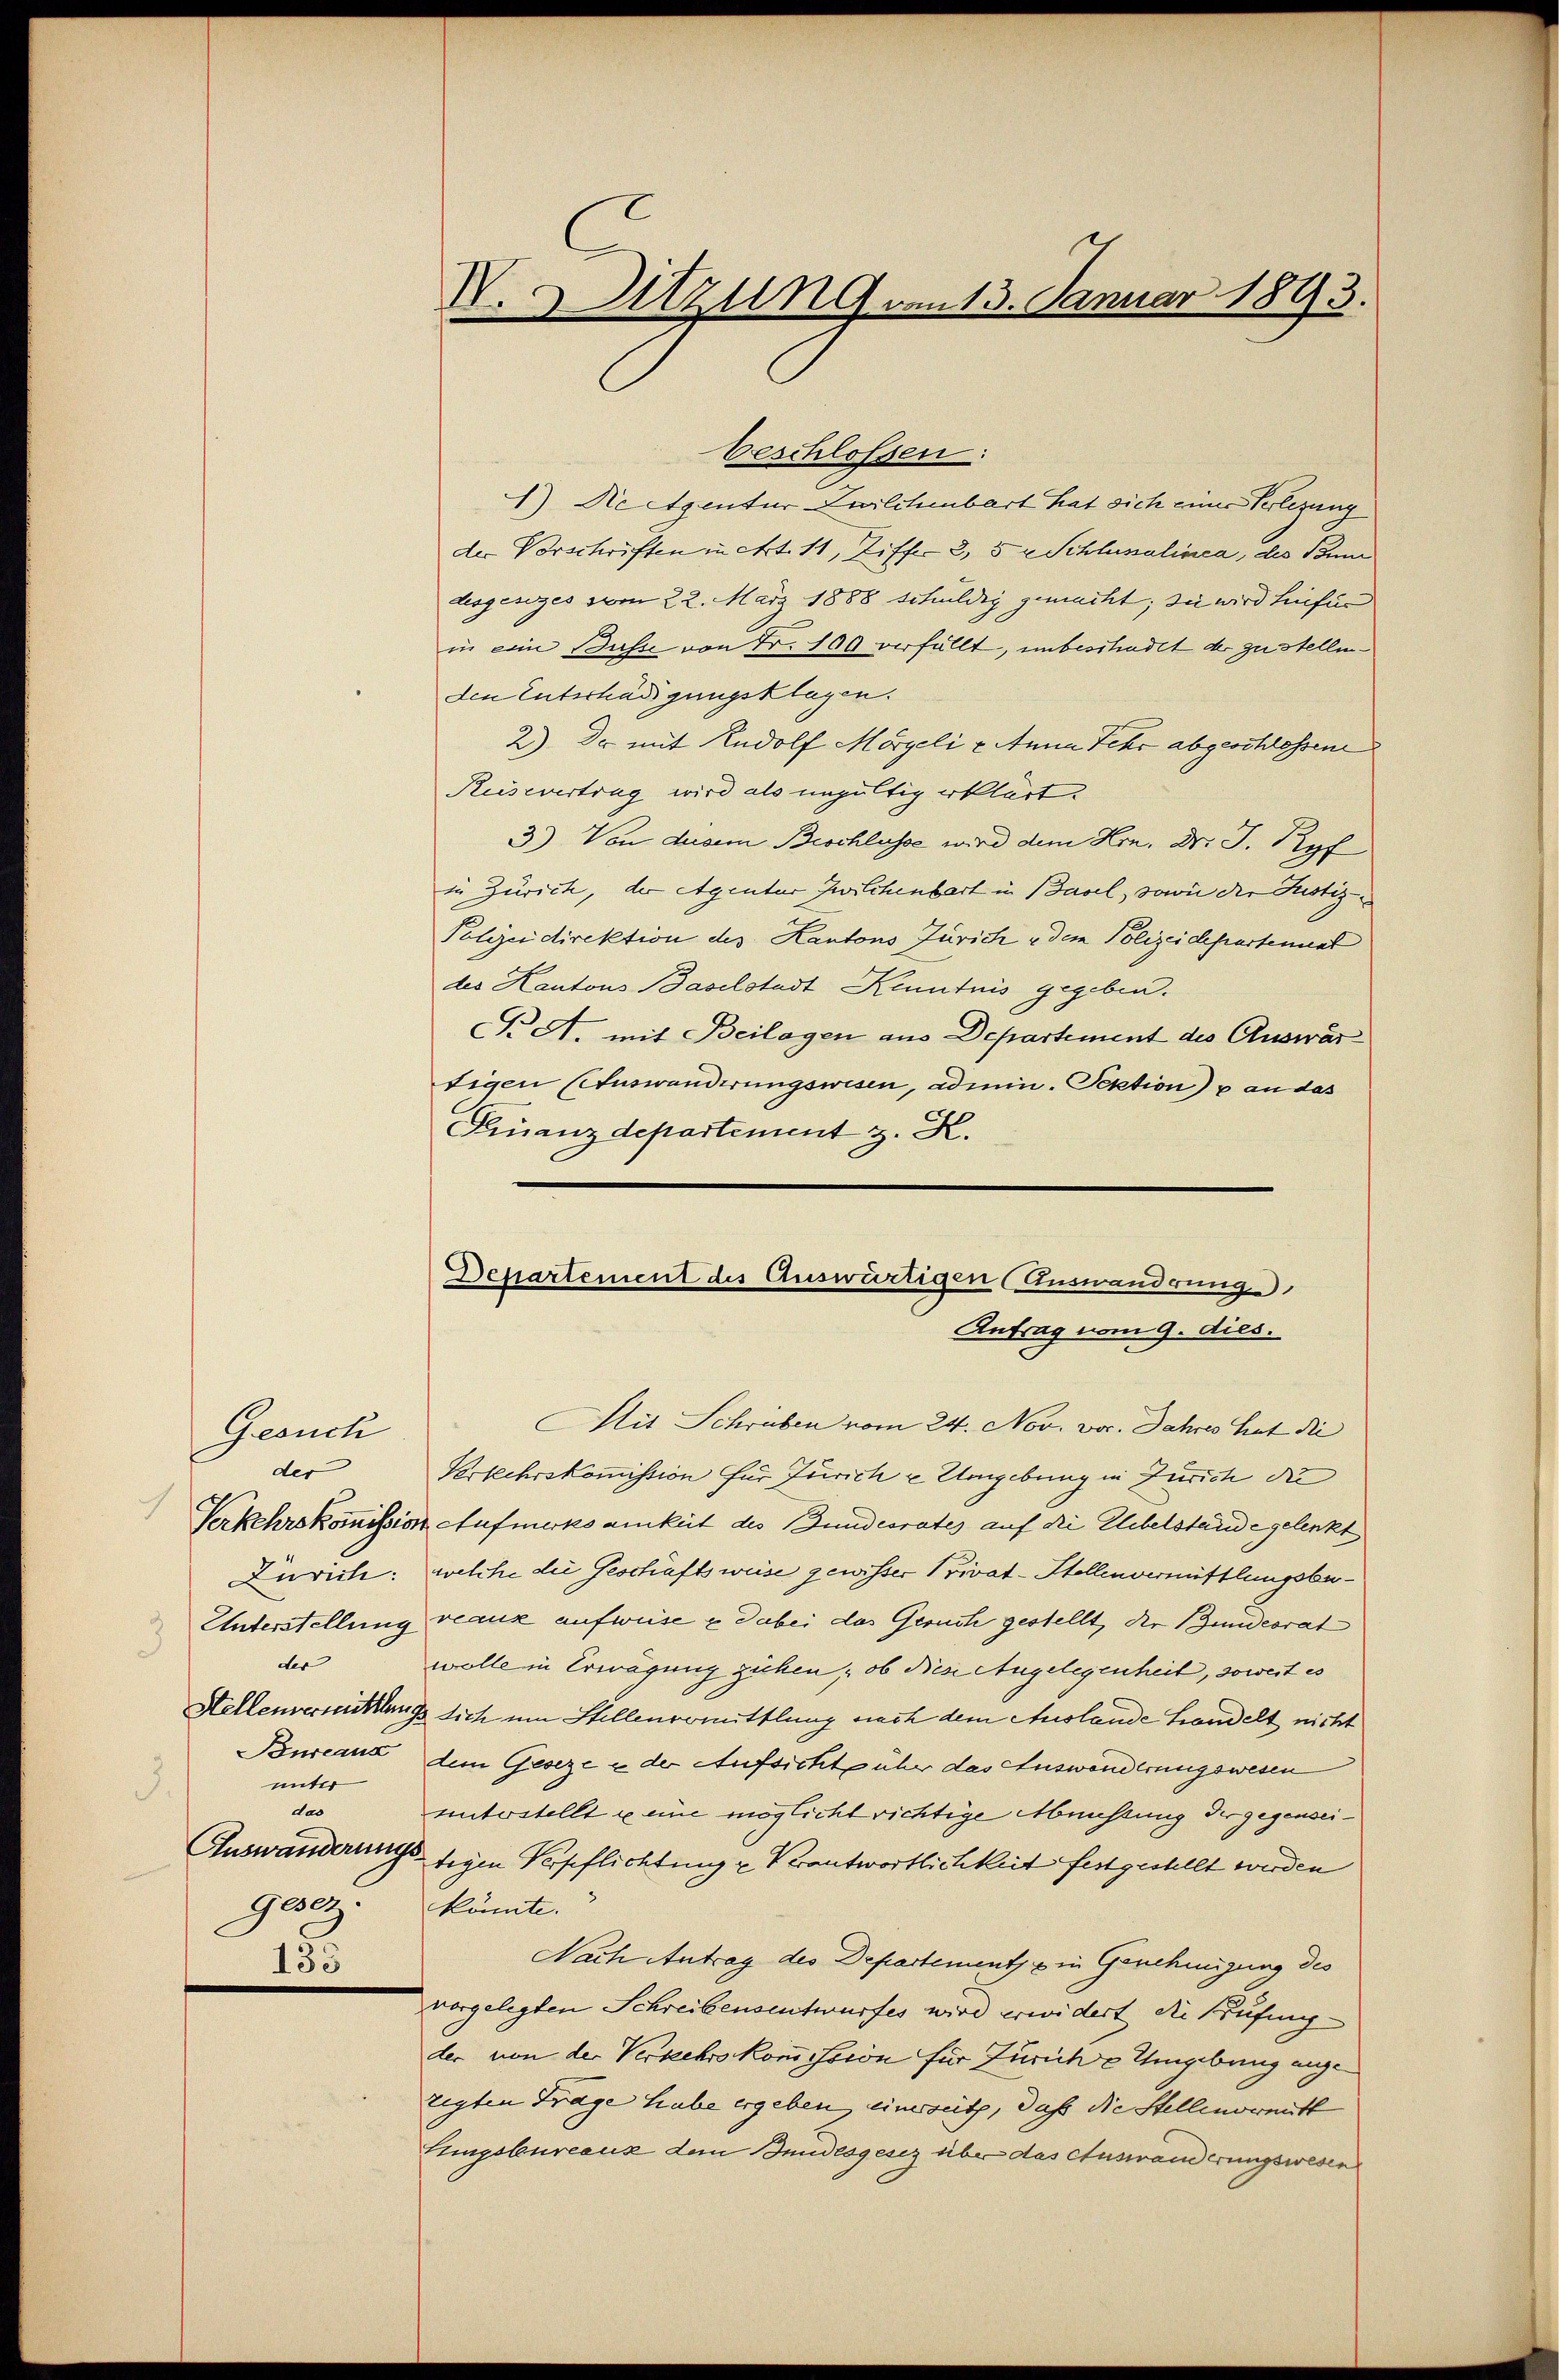
Gesuch
der
der
unter
3.
das
Gesetz.

133

V. Sitzung vom 13. Januar 1893.

beschlossen:
1) Netzentur Zwilchenbart hat sich einer Verlegung
der Vorschriften in Art. 11, Ziffer 2, 5 x Schlussalinea, des Baum
desgesezes vom 22. März 1888 schuldig gemacht; sie wird hiefür
in ein Busse von Fr. 100 verfüllt, unbeschadet der zu stellenden Entschädigungsklagen.
2) Dr mit Rudolf Morgeli u. Anna Fehr abgeschlossene
Küsevertrag wird als ungültig erklärt.
3) Von diesem Beschlusse wird dem Hrn. Dr. J. Ryf
in Zürich, der Agentur Zwilchenbart in Basel, sowie der Justiz-
Polizeidirektion des Kantons Zürich u dem Polizeidepartement
des Hantons Baselstadt Kenntnis gegeben.
Nr A. mit Beilagen aus Departement des Auswär
tigen (Auswanderungswesen, admin. Sektion) p an das
Finanzdepartiment z. K.

Departement des Auswärtigen (Auswanderung
Antrag vom 9. dies.

Mit Schriben vom 24. Nov. vor. Jahres hat die
Verkehrskommission für Zürich u. Umgebung in Zürich die
Verkehrskommission Aufmerksamkeit des Bundesrates auf die Elebelstände gelenkt
Zürich: welche die Geschäftsweise gewisser Privat-Stellenvermittlungsbe¬
Unterstellung veaux aufweise & dabei das Geruch gestellt, der Bundesrat
wolle in Erwägung ziehen, ob diese Angelegenheit, soweit es
Hellenversichtung sich um Stellenvermittlung nach dem Auslande Handelt nicht
Bureaux dem Geseze u der Aufsichtgühr das Auswanderungswesen
unterstellt u eine möglicht richtige Münstung der gegensei¬
Auswanderungstigen Verpflichtung u Verantwortlichkeit festgestellt werden
könnte.
Nach Antrag des Departemente in Genehmigung des
vorgelegten Schreibensentwurfes wird erwidert die Bufing
der von der Verkehrskommission für Zürich u Umgebung ange
tigten Träge habe ergeben, einersetz, daß die Stellenormitt
tungsbureauz dem Bundesgesez über das Auswanderungswesen